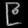
Digit: ၉